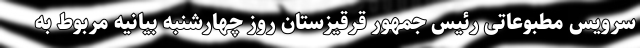
سرویس مطبوعاتی رئیس جمهور قرقیزستان روز چهارشنبه بیانیه مربوط به